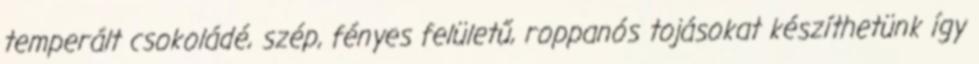
temperált csokoládé, szép, fényes felületű, roppanós tojásokat készíthetünk így